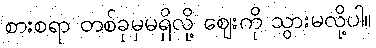
စားစရာ တစ်ခုမှမရှိလို့ ဈေးကို သွားမလို့ပါ။